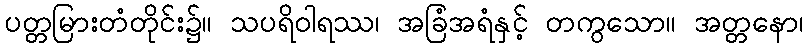
ပတ္တမြားတံတိုင်း၌။ သပရိဝါရဿ၊ အခြံအရံနှင့် တကွသော။ အတ္တနော၊